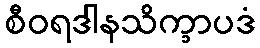
စီဝရဒါနသိက္ခာပဒံ